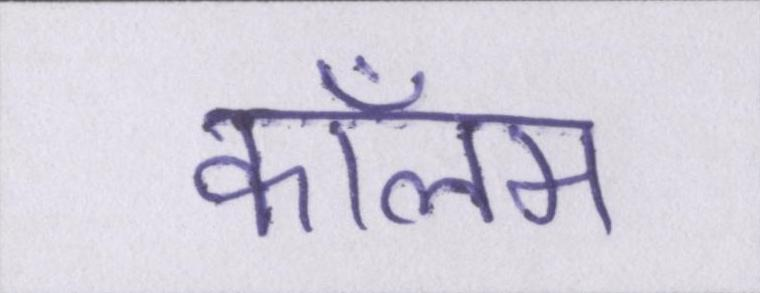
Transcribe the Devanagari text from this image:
कॉलम